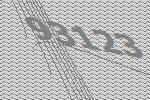
93123